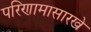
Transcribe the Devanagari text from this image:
परिणामासारखे